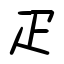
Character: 疋